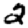
Digit: 2